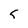
Character: 5